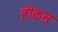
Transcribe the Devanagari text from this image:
हीकस